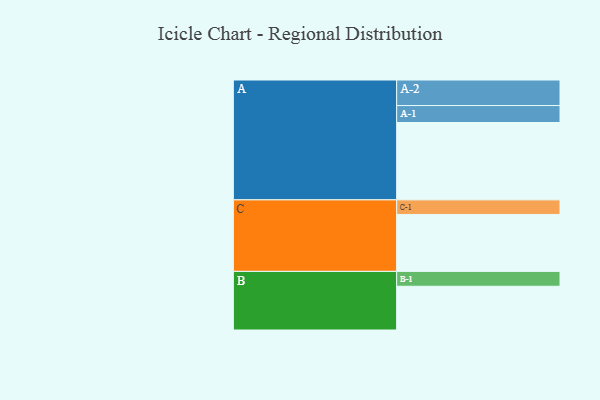
{"axis": {"x": "Segment", "y": "Value"}, "legend": ["", "A", "B", "C"], "data": [{"x": "A", "y": 557, "type": ""}, {"x": "B", "y": 315, "type": ""}, {"x": "C", "y": 410, "type": ""}, {"x": "A-1", "y": 122, "type": "A"}, {"x": "A-2", "y": 184, "type": "A"}, {"x": "B-1", "y": 107, "type": "B"}, {"x": "C-1", "y": 105, "type": "C"}]}